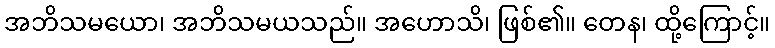
အဘိသမယော၊ အဘိသမယသည်။ အဟောသိ၊ ဖြစ်၏။ တေန၊ ထို့ကြောင့်။